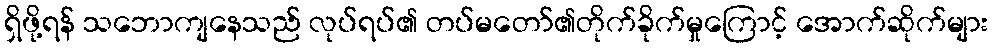
ရှိဖို့ရန် သဘောကျနေသည် လုပ်ရပ်၏ တပ်မတော်၏တိုက်ခိုက်မှုကြောင့် အောက်ဆိုက်များ